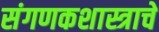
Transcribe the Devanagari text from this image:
संगणकशास्त्राचे